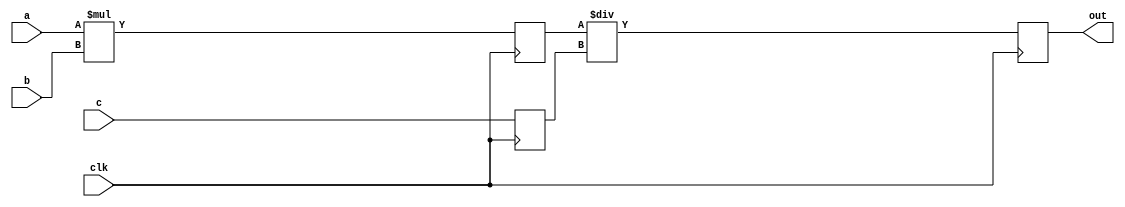
module top(clk,out,a,b,c);
output [15:0]  out;
input  [7:0]   a,b;
input  [15:0]  c;
input          clk;
reg    [15:0]  mul_out; 
reg    [15:0]  out;
reg    [15:0]  c_tmp;


always @(posedge clk) mul_out<=a*b;
always @(posedge clk) c_tmp<=c;
always @(posedge clk) out<=mul_out/c_tmp;
   
endmodule